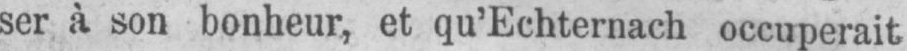
ser à son bonheur, et qu’Echternach occuperait